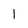
Character: l